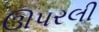
ઊપરલી